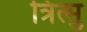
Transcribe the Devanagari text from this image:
त्रित्सु